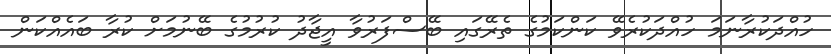
ހުއްދަކުރާނަމަ ހުއްދަކުރެވޭ ކަންކަމުގެ ތެރޭގައި ބޭސްފަރުވާ އީޖާދު ކުރުމުގެ ބޭނުމަށް ކުރާ ބައެއްކަން